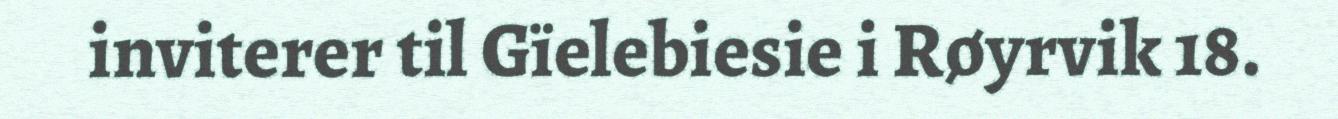
inviterer til Gïelebiesie i Røyrvik 18.